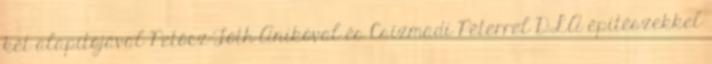
két alapítójával Petőcz-Tóth Anikóval és Csizmadi Péterrel DLA építészekkel